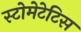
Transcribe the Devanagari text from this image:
स्टोमेटेटिस